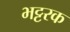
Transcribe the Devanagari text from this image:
भट्टरक